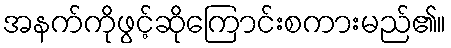
အနက်ကိုဖွင့်ဆိုကြောင်းစကားမည်၏။